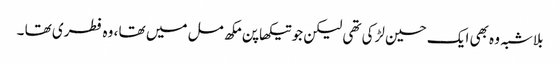
بلاشبہ وہ بھی ایک حسین لڑکی تھی لیکن جو تیکھا پن مکھ مل میں تھا ، وہ فطری تھا ۔